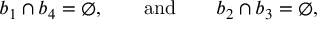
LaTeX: b _ { 1 } \cap b _ { 4 } = \emptyset , \qquad \mathrm { a n d } \qquad b _ { 2 } \cap b _ { 3 } = \emptyset ,